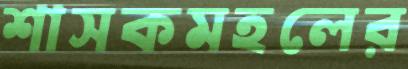
শাসকমহলের